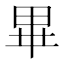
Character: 𭺾